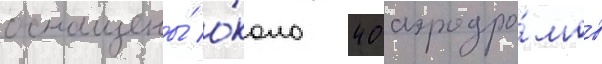
оснащены́ о́коло 40 аэродро́мов